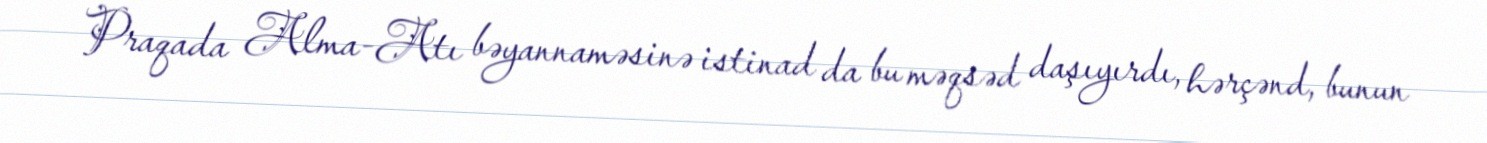
Praqada Alma-Atı bəyannaməsinə istinad da bu məqsəd daşıyırdı, hərçənd, bunun